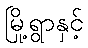
မြို့ရွာနှင့်